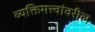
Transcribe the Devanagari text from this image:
व्यक्तिमत्त्वांवरील